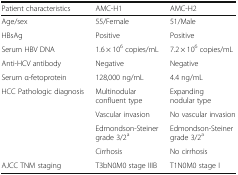
| Patient characteristics | AMC-H1 | AMC-H2 |
 | --- | --- | --- |
 | Age/sex | 55/Female | 51/Male |
 | HBsAg | Positive | Positive |
 | Serum HBV DNA | 1.6 × 106 copies/mL | 7.2 × 106 copies/mL |
 | Anti-HCV antibody | Negative | Negative |
 | Serum α-fetoprotein | 128,000 ng/mL | 4.4 ng/mL |
 | <ROWSPAN=4> HCC Pathologic diagnosis | Multinodular confluent type | Expanding nodular type |
 | Vascular invasion | No vascular invasion |
 | Edmondson-Steiner grade 3/2a | Edmondson-Steiner grade 3/2a |
 | Cirrhosis | No cirrhosis |
 | AJCC TNM staging | T3bN0M0 stage IIIB | T1N0M0 stage I |